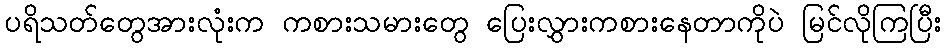
ပရိသတ်တွေအားလုံးက ကစားသမားတွေ ပြေးလွှားကစားနေတာကိုပဲ မြင်လိုကြပြီး